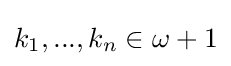
k_{1},...,k_{n}\in \omega +1